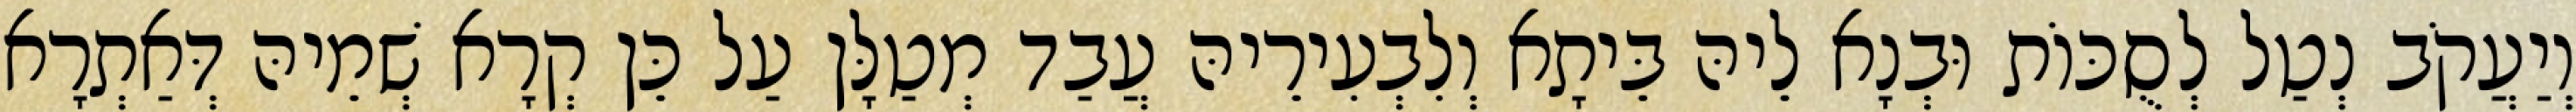
וְיַעֲקֹב נְטַל לְסֻכּוֹת וּבְנָא לֵיהּ בֵּיתָא וְלִבְעִירֵיהּ עֲבַד מְטַלָּן עַל כֵּן קְרָא שְׁמֵיהּ דְּאַתְרָא